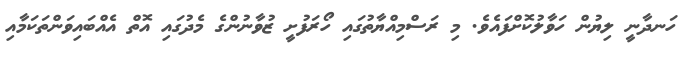
ހަނދާނީ ލިޔުން ހަވާލުކޮށްފައެވެ. މި ރަސްމިއްޔާތުގައި ހޯރަފުށީ ޒުވާނުންގެ މެދުގައި އޮތް އެއްބައިވަންތަކަމާއި